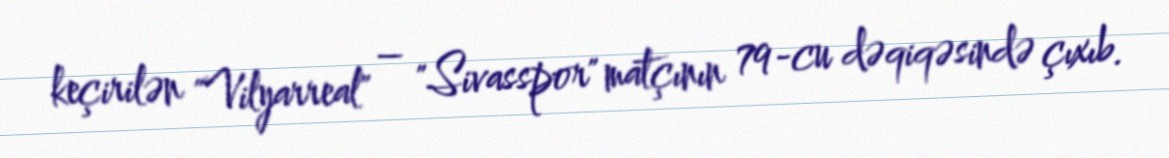
keçirilən "Vilyarreal" – "Sivasspor" matçının 79-cu dəqiqəsində çıxıb.